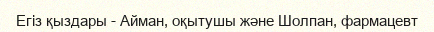
Егіз қыздары - Айман, оқытушы және Шолпан, фармацевт